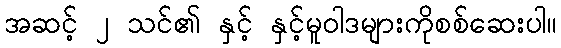
အဆင့် ၂ သင်၏ နှင့် နှင့်မူဝါဒများကိုစစ်ဆေးပါ။